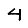
Digit: 4